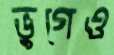
ভুগেও